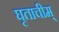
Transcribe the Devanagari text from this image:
घृताचीम्